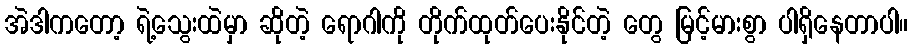
အဲဒါကတော့ ရဲ့သွေးထဲမှာ ဆိုတဲ့ ရောဂါကို တိုက်ထုတ်ပေးနိုင်တဲ့ တွေ မြင့်မားစွာ ပါရှိနေတာပါ။